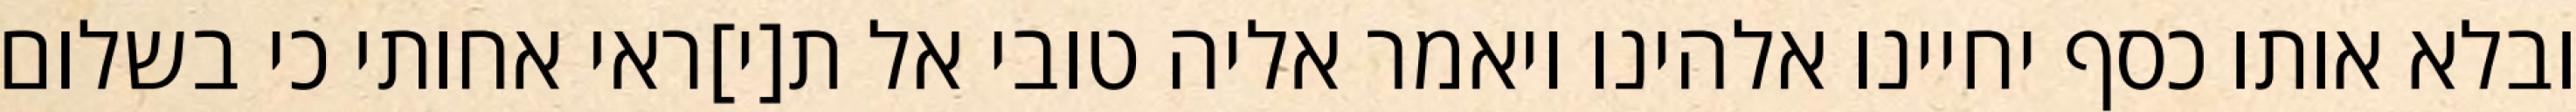
ובלא אותו כסף יחיינו אלהינו ויאמר אליה טובי אל ת[י]ראי אחותי כי בשלום